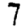
Digit: 7